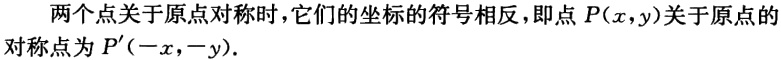
两个点关于原点对称时，它们的坐标的符号相反，即点 \(P(x,y)\) 关于原点的对称点为 \(P'(-x,-y)\).